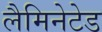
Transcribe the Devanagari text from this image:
लैमिनेटेड